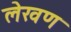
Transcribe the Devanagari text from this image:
लेखण